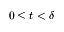
0 \leq t < \delta